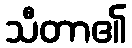
သီတာ၏